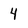
Character: 4